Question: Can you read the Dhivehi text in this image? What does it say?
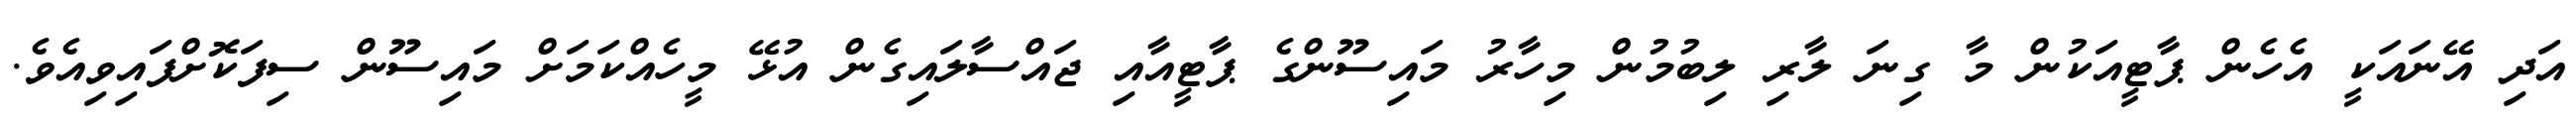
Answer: އަދި އޭނައަކީ އެހެން ޕާޓީއަކުން މާ ގިނަ ލާރި ލިބުމުން މިހާރު މައިސޫންގެ ޕާޓީއާއި ޖައްސާލައިގެން އުޅޭ މީހެއްކަމަށް މައިސޫން ސިފަކޮށްފައިވިއެވެ.